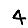
Digit: 4